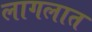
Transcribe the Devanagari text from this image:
लागलात